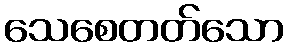
သေစေတတ်သော